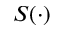
S ( \cdot )